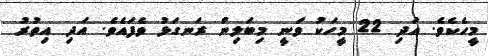
މީހެކެވެ. އަދި 22 މީހަކު ވަނީ މިބަލިން ރަނގަޅު ވެފައެވެ. އަދި އިތުރު